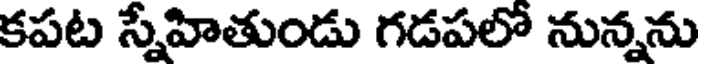
కపట స్నేహితుండు గడపలో నున్నను